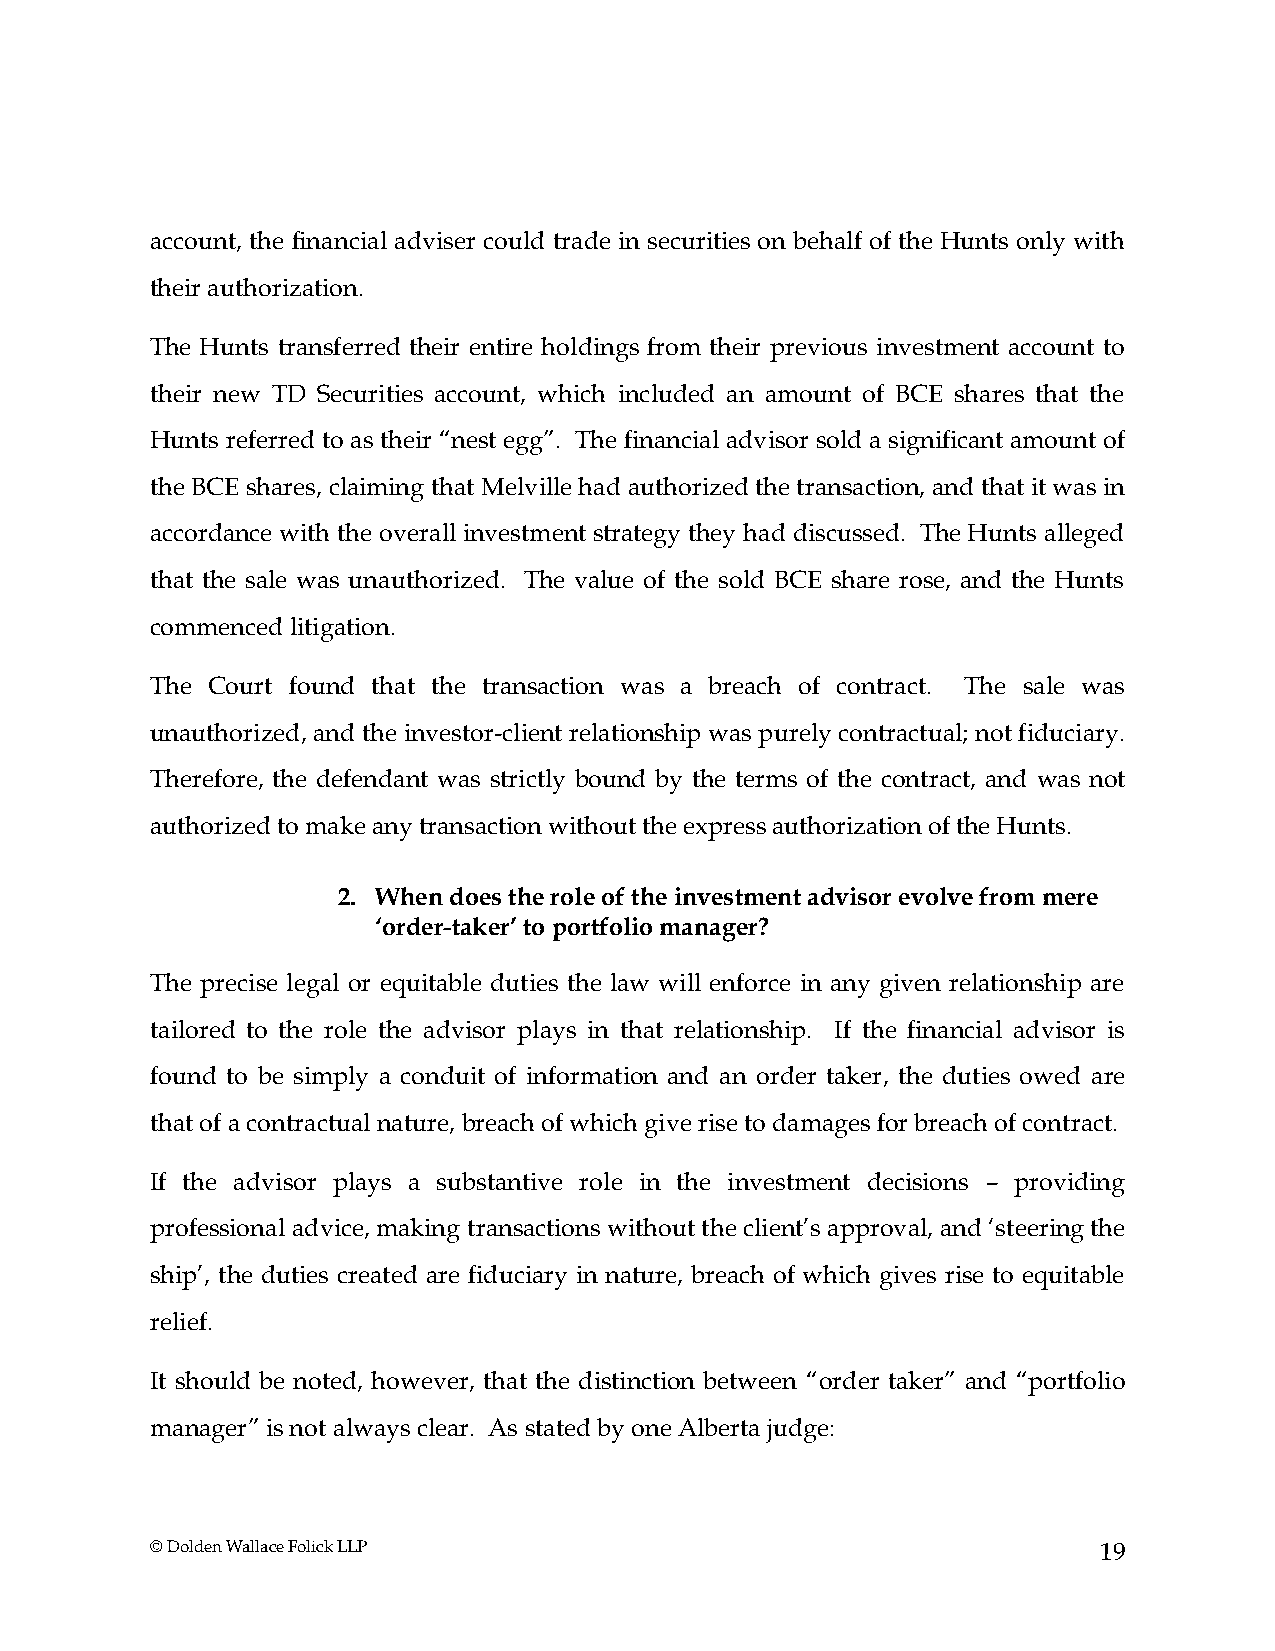
account, the financial adviser could trade in securities on behalf of the Hunts only with
 their authorization.
 The Hunts transferred their entire holdings from their previous investment account to
 their new TD Securities account, which included an amount of BCE shares that the
 Hunts referred to as their “nest egg”. The financial advisor sold a significant amount of
 the BCE shares, claiming that Melville had authorized the transaction, and that it was in
 accordance with the overall investment strategy they had discussed. The Hunts alleged
 that the sale was unauthorized. The value of the sold BCE share rose, and the Hunts
 commenced litigation.
 The Court found that the transaction was a breach of contract. The sale was
 unauthorized, and the investor-client relationship was purely contractual; not fiduciary.
 Therefore, the defendant was strictly bound by the terms of the contract, and was not
 authorized to make any transaction without the express authorization of the Hunts.
 2. When does the role of the investment advisor evolve from mere
 ‘order-taker’ to portfolio manager?
 The precise legal or equitable duties the law will enforce in any given relationship are
 tailored to the role the advisor plays in that relationship. If the financial advisor is
 found to be simply a conduit of information and an order taker, the duties owed are
 that of a contractual nature, breach of which give rise to damages for breach of contract.
 If the advisor plays a substantive role in the investment decisions – providing
 professional advice, making transactions without the client’s approval, and ‘steering the
 ship’, the duties created are fiduciary in nature, breach of which gives rise to equitable
 relief.
 It should be noted, however, that the distinction between “order taker” and “portfolio
 manager” is not always clear. As stated by one Alberta judge:
 © Dolden Wallace Folick LLP                                    19